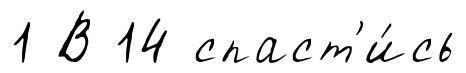
1 В 14 спаст'и́сь